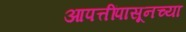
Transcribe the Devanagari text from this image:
आपत्तींपासूनच्या